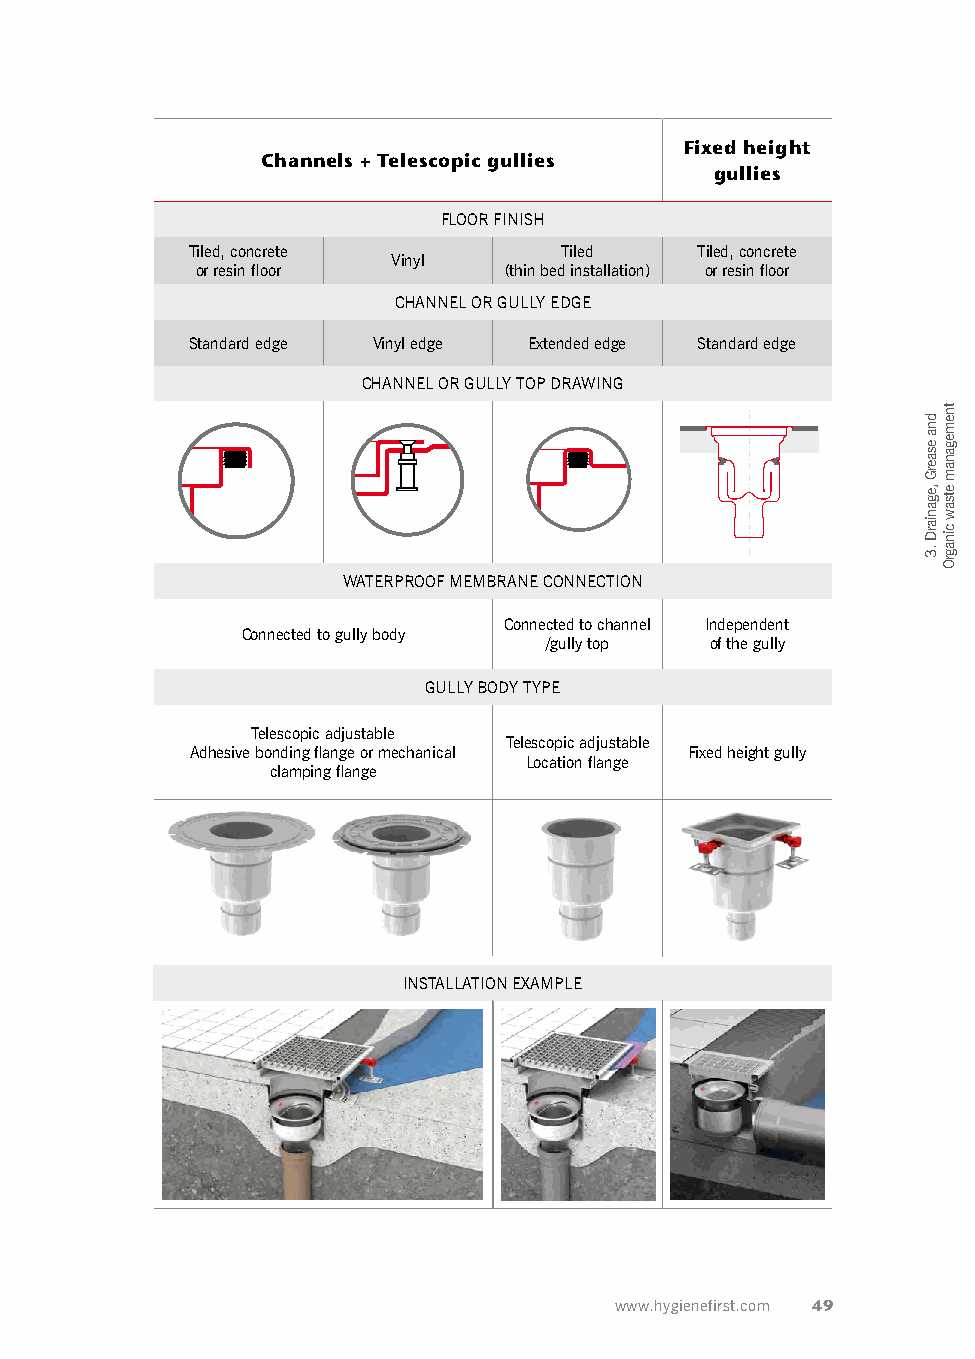
Fixed height
 Channels + Telescopic gullies
 gullies
 FLOOR FINISH
 Tiled, concrete          Tiled    Tiled, concrete
 Vinyl
 or resin floor      (thin bed installation) or resin floor
 CHANNEL OR GULLY EDGE
 Standard edge Vinyl edge Extended edge Standard edge
 CHANNEL OR GULLY TOP DRAWING
 WATERPROOF MEMBRANE CONNECTION
 Connected to channel Independent
 Connected to gully body
 /gully top of the gully
 GULLY BODY TYPE
 Telescopic adjustable
 Telescopic adjustable
 Adhesive bonding flange or mechanical Fixed height gully
 Location flange
 clamping flange
 INSTALLATION EXAMPLE
 www.hygienefirst.com 49
 dna
 esaerG
 ,eganiarD
 .3
 tnemeganam
 etsaw
 cinagrO